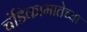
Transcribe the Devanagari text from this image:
चंडिकामातेच्या